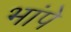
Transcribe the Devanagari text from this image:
भांपे